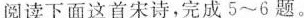
阅读下面这首宋诗，完成5~6题。